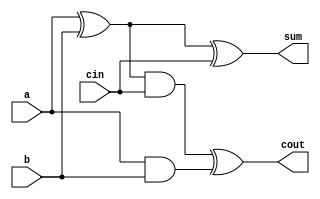
`timescale 1 ns / 1 ps
module full_adder_1b(
    output sum,
    output cout,
    input a,
    input b,
    input cin);

    wire s1, c1, s2;

    xor(s1, a, b);
    and(c1, a, b);

    and(s2, s1, cin);
    xor(sum, s1, cin);

    xor(cout, s2, c1);

    endmodule

module full_adder_4b(
    output [4-1:0] sum,
    output cout,
    input [4-1:0] a,
    input [4-1:0] b,
    input cin);

    wire [3-1:0] c;

    full_adder_1b FA0(.sum(sum[0]), .cout(c[0]), .a(a[0]), .b(b[0]), .cin(cin));
    full_adder_1b FA1(.sum(sum[1]), .cout(c[1]), .a(a[1]), .b(b[1]), .cin(c[0]));
    full_adder_1b FA2(.sum(sum[2]), .cout(c[2]), .a(a[2]), .b(b[2]), .cin(c[1]));
    full_adder_1b FA3(.sum(sum[3]), .cout(cout), .a(a[3]), .b(b[3]), .cin(c[2]));

    endmodule